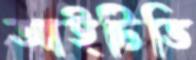
আইটিভি